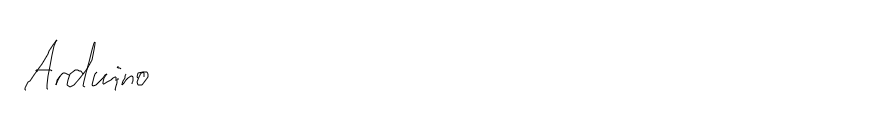
Arduino